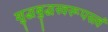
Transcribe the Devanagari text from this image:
शुद्धबुद्धस्वरूपस्त्वं